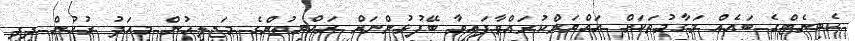
ކެބިނެޓްގެ ބައެއް މަގާމުތަކަށް އައްޔަންކުރައްވާފައިވާ ބޭފުޅުންނަށް ރައްޔިތުންގެ މަޖިލީހުން މިއަދު ރުހުން ދީފި